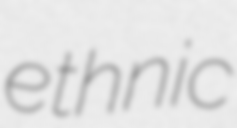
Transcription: ethnic